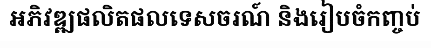
អភិវឌ្ឍផលិតផលទេសចរណ៍ និងរៀបចំកញ្ចប់